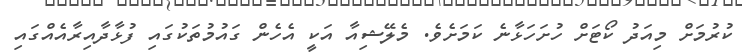
ކުރުމަށް މިއަދު ކޯޓަށް ހުށަހަޅާނެ ކަމަށެވެ. މެލޭޝިއާ އަކީ އެހެން ގައުމުތަކުގައި ފުޅާދާއިރާއެއްގައި